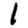
Digit: 1